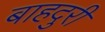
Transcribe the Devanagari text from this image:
बाहदुरी